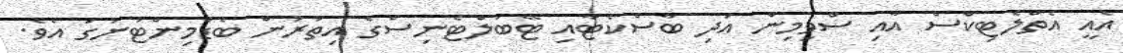
އެއީ އެތްލެޓިކްސް އާއި ސްވިމިން އަދި ބާސްކެޓާއި ޓޭބަލްޓެނިސްގެ އިތުރުން ބެޑްމިންޓަނުގަ އެވެ.